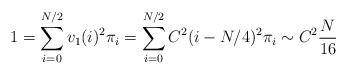
LaTeX: \begin{align*}1=\sum_{i=0}^{N/2} v_1(i)^2\pi_i=\sum_{i=0}^{N/2} C^2(i-N/4)^2\pi_i\sim C^2\frac{N}{16}\end{align*}